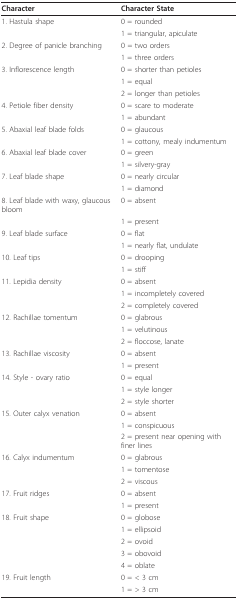
<table><thead><tr><td><b>Character</b></td><td><b>Character State</b></td></tr></thead><tbody><tr><td>1. Hastula shape</td><td>0 = rounded</td></tr><tr><td></td><td>1 = triangular, apiculate</td></tr><tr><td>2. Degree of panicle branching</td><td>0 = two orders</td></tr><tr><td></td><td>1 = three orders</td></tr><tr><td>3. Inflorescence length</td><td>0 = shorter than petioles</td></tr><tr><td></td><td>1 = equal</td></tr><tr><td></td><td>2 = longer than petioles</td></tr><tr><td>4. Petiole fiber density</td><td>0 = scare to moderate</td></tr><tr><td></td><td>1 = abundant</td></tr><tr><td>5. Abaxial leaf blade folds</td><td>0 = glaucous</td></tr><tr><td></td><td>1 = cottony, mealy indumentum</td></tr><tr><td>6. Abaxial leaf blade cover</td><td>0 = green</td></tr><tr><td></td><td>1 = silvery-gray</td></tr><tr><td>7. Leaf blade shape</td><td>0 = nearly circular</td></tr><tr><td></td><td>1 = diamond</td></tr><tr><td>8. Leaf blade with waxy, glaucous bloom</td><td>0 = absent</td></tr><tr><td></td><td>1 = present</td></tr><tr><td>9. Leaf blade surface</td><td>0 = flat</td></tr><tr><td></td><td>1 = nearly flat, undulate</td></tr><tr><td>10. Leaf tips</td><td>0 = drooping</td></tr><tr><td></td><td>1 = stiff</td></tr><tr><td>11. Lepidia density</td><td>0 = absent</td></tr><tr><td></td><td>1 = incompletely covered</td></tr><tr><td></td><td>2 = completely covered</td></tr><tr><td>12. Rachillae tomentum</td><td>0 = glabrous</td></tr><tr><td></td><td>1 = velutinous</td></tr><tr><td></td><td>2 = floccose, lanate</td></tr><tr><td>13. Rachillae viscosity</td><td>0 = absent</td></tr><tr><td></td><td>1 = present</td></tr><tr><td>14. Style - ovary ratio</td><td>0 = equal</td></tr><tr><td></td><td>1 = style longer</td></tr><tr><td></td><td>2 = style shorter</td></tr><tr><td>15. Outer calyx venation</td><td>0 = absent</td></tr><tr><td></td><td>1 = conspicuous</td></tr><tr><td></td><td>2 = present near opening with finer lines</td></tr><tr><td>16. Calyx indumentum</td><td>0 = glabrous</td></tr><tr><td></td><td>1 = tomentose</td></tr><tr><td></td><td>2 = viscous</td></tr><tr><td>17. Fruit ridges</td><td>0 = absent</td></tr><tr><td></td><td>1 = present</td></tr><tr><td>18. Fruit shape</td><td>0 = globose</td></tr><tr><td></td><td>1 = ellipsoid</td></tr><tr><td></td><td>2 = ovoid</td></tr><tr><td></td><td>3 = obovoid</td></tr><tr><td></td><td>4 = oblate</td></tr><tr><td>19. Fruit length</td><td>0 = &lt; 3 cm</td></tr><tr><td></td><td>1 = &gt; 3 cm</td></tr></tbody></table>